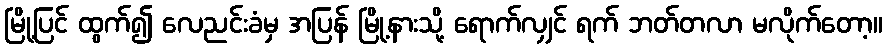
မြို့ပြင် ထွက်၍ လေညင်းခံမှ အပြန် မြို့နားသို့ ရောက်လျှင် ရက် ဘတ်တလာ မလိုက်တော့။